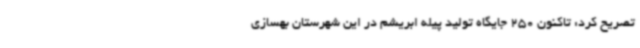
تصریح کرد: تاکنون 250 جایگاه تولید پیله ابریشم در این شهرستان بهسازی